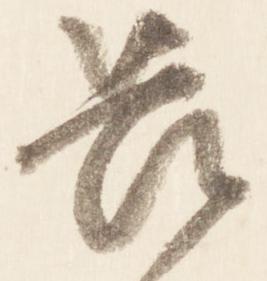
畏